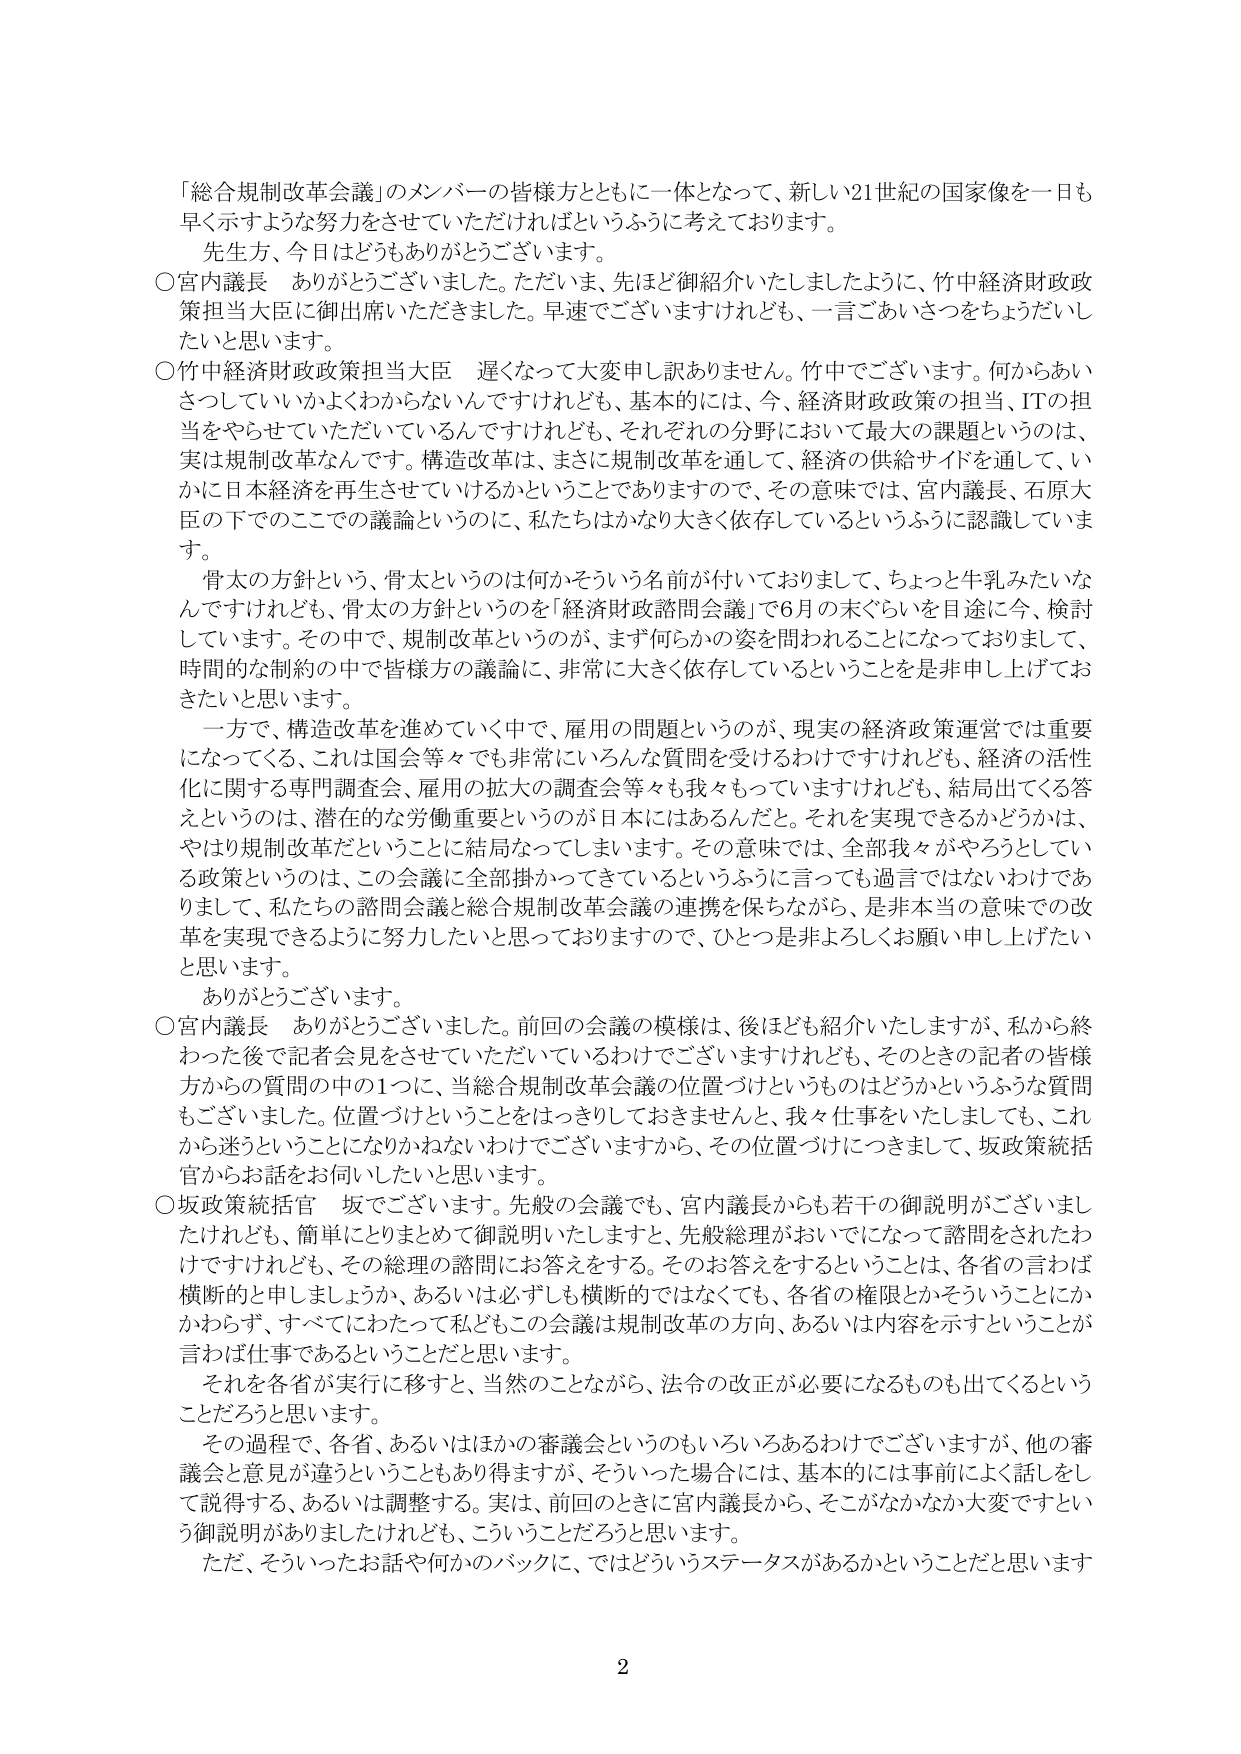
「総合規制改革会議」のメンバーの皆様方とともに一体となって、新しい21世紀の国家像を一日も早く示すような努力をさせていただければというふうに考えております。

先生方、今日はどうもありがとうございます。

○宮内議長　ありがとうございます。ただいま、先ほど御紹介いたしましたように、竹中経済財政政策担当大臣に御出席いただきました。早速でございますけれども、一言ごあいさつをちょうだいしたいと思います。

○竹中経済財政政策担当大臣　遅くなって大変申し訳ありません。竹中でございます。何からあいさつしていいかよくわからないんですけれども、基本的には、今、経済財政政策の担当、ITの担当をやらせていただいているんですけれども、それぞれの分野において最大の課題というのは、実は規制改革なんです。構造改革は、まさに規制改革を通して、経済の供給サイドを通して、いかに日本経済を再生させていけるかということありますので、その意味では、宮内議長、石原大臣の下でのここでの議論というのに、私たちはかなり大きく依存しているというふうに認識しています。

　骨太の方針という、骨太というのは何かそういう名前が付いておりまして、ちょっと牛乳みたいなんですけれども、骨太の方針というのを「経済財政諮問会議」で6月の末ぐらいを目途に今、検討しています。その中で、規制改革というのが、まず何らかの姿を問われることになっておりまして、時間的な制約の中で皆様方の議論に、非常に大きく依存しているということを是非申し上げておきたいと思います。

　一方で、構造改革を進めていく中で、雇用の問題というのが、現実の経済政策運営では重要になってくる、これは国会等々でも非常にいろんな質問を受けるわけですけれども、経済の活性化に関する専門調査会、雇用の拡大の調査会等々も我々もっていますけれども、結局出てくる答えというのは、潜在的な労働重要というのが日本にはあるんだと。それを実現できるかどうかは、やはり規制改革だということに結局なってしまいます。その意味では、全部我々がやろうとしている政策というのは、この会議に全部掛かってきているというふうに言っても過言ではないわけでありまして、私たちの諮問会議と総合規制改革会議の連携を保ちながら、是非本当の意味での改革を実現できるように努力したいと思っておりますので、ひとつ是非よろしくお願い申し上げたいと思います。

　ありがとうございます。

○宮内議長　ありがとうございました。前回の会議の模様は、後ほども紹介いたしますが、私から終わった後で記者会見をさせていただいているわけでございますけれども、そのときの記者の皆様方からの質問の中の1つに、当総合規制改革会議の位置づけというものはどうかというふうな質問もございました。位置づけということをはっきりしておきませんと、我々仕事をいたしましても、これから迷うということになりかねないわけでございますから、その位置づけにつきまして、坂政策統括官からお話をお伺いしたいと思います。

○坂政策統括官　坂でございます。先般の会議でも、宮内議長からも若干の御説明がございましたけれども、簡単にとりまとめて御説明いたしますと、先般総理がおいでになって諮問をされたわけですけれども、その総理の諮問にお答えをする。そのお答えをするということは、各省の言わば横断的と申しましょうか、あるいは必ずしも横断的ではなくても、各省の権限とかそういうことにかかわらず、すべてにわたって私どもこの会議は規制改革の方向、あるいは内容を示すということが言わば仕事であるということだと思います。

　それを各省が実行に移すと、当然のことながら、法令の改正が必要になるものも出てくるということだろうと思います。

　その過程で、各省、あるいはほかの審議会というのもいろいろあるわけでございますが、他の審議会と意見が違うということもあり得ますが、そういった場合には、基本的には事前によく話しをして説得する、あるいは調整する。実は、前回のときに宮内議長から、そこがなかなか大変ですという御説明がありましたけれども、こういうことだろうと思います。

　ただ、そういったお話や何かのバックに、ではどういうステータスがあるかということだと思います

2